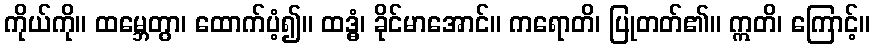
ကိုယ်ကို။ ထမ္ဘေတွာ၊ ထောက်ပံ့၍။ ထဒ္ဓံ၊ ခိုင်မာအောင်။ ကရောတိ၊ ပြုတတ်၏။ ဣတိ၊ ကြောင့်။